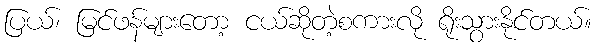
ပြယ်၊ မြင်ဖန်များတော့ ငယ်ဆိုတဲ့စကားလို ရိုးသွားနိုင်တယ်။